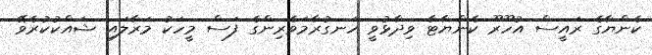
ކެންޔާގެ ރައީސް އުހޫރޫ ކެންޔާޓާ ވިދާޅުވީ ހަނގުރާމަވެރިންގެ ފަސް މީހަކު މަރާލައި ޝައްކުކުރެވޭ